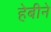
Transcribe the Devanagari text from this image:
हेबीने